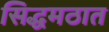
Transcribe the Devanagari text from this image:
सिद्धमठात